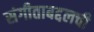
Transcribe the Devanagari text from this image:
संगीताबद्दलची